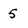
Character: 5